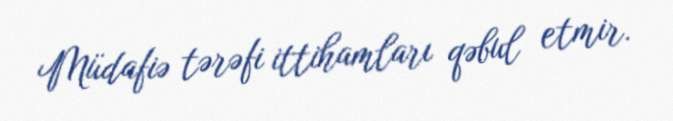
Müdafiə tərəfi ittihamları qəbul etmir.